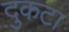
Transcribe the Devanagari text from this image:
दुकटा